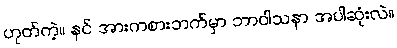
ဟုတ်ကဲ့။ နင် အားကစားဘက်မှာ ဘာဝါသနာ အပါဆုံးလဲ။